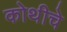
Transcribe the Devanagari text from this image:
कोथीचे